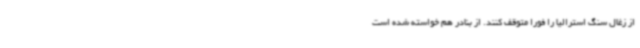
از زغال سنگ استرالیا را فورا متوقف کنند. از بنادر هم خواسته شده است